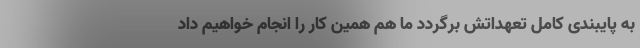
به پایبندی کامل تعهداتش برگردد ما هم همین کار را انجام خواهیم داد